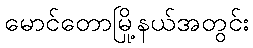
မောင်တောမြို့နယ်အတွင်း